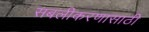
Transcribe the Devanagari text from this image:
सबलीकरणासाठी